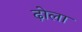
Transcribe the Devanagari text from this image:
ढ़ोला